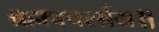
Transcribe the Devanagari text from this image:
ब्रह्मवचर्साय॥